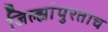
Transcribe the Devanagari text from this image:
जिल्ह्यांपुरताच